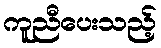
ကူညီပေးသည့်